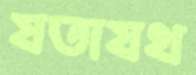
যতাযথ